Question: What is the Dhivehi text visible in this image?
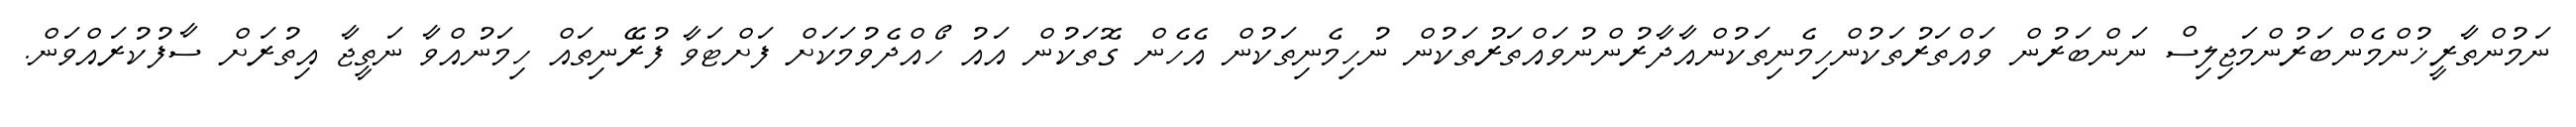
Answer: ނަމުންތާރީޚުންމެންބަރުންމަޖިލިސް ނަންބަރުން ވައްތަރުތަކުންހިމެނިތަކުންއާދާރުންނުވައްތަރުތަކުން ނުހިމެނިތަކުން އެހެން ގޮތަކުން އައު ހޯއްދެވުމަކަށް ފަށްޓަވާ ފުރޭނިތައް ހިމަނުއްވާ ނަތީޖާ އިތުރަށް ސާފުކުރައްވަން.